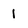
Character: 1